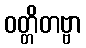
ဝတ္တိတဗ္ဗာ